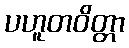
ပဟူတဝိတ္တာ